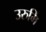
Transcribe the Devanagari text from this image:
उरुमि